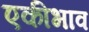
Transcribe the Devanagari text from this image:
एकीभाव